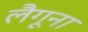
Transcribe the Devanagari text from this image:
लैगूना